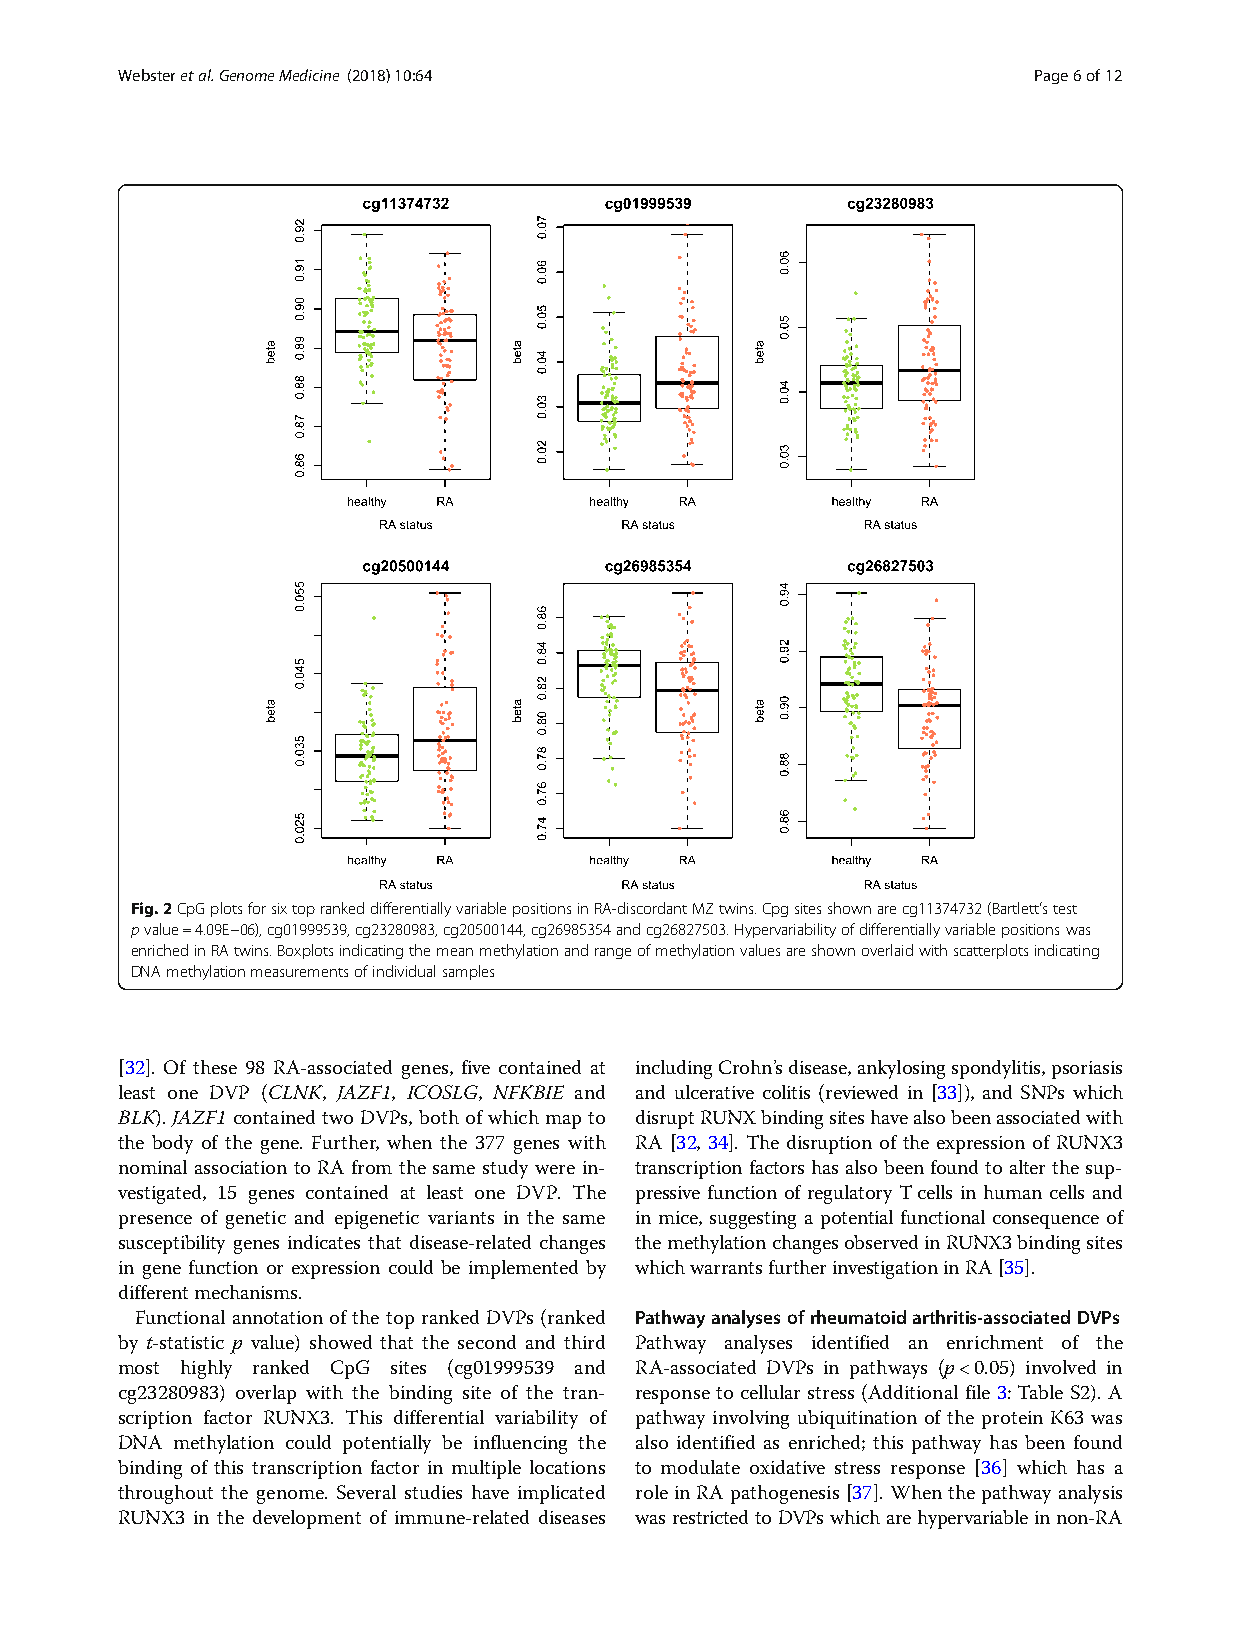
Websteretal.GenomeMedicine (2018) 10:64                     Page6of12
 Fig.2CpGplotsforsixtoprankeddifferentiallyvariablepositionsinRA-discordantMZtwins.Cpgsitesshownarecg11374732(Bartlett’stest
 pvalue=4.09E−06),cg01999539,cg23280983,cg20500144,cg26985354andcg26827503.Hypervariabilityofdifferentiallyvariablepositionswas
 enrichedinRAtwins.Boxplotsindicatingthemeanmethylationandrangeofmethylationvaluesareshownoverlaidwithscatterplotsindicating
 DNAmethylationmeasurementsofindividualsamples
 [32]. Of these 98 RA-associated genes, five contained at includingCrohn’sdisease,ankylosingspondylitis,psoriasis
 least one DVP (CLNK, JAZF1, ICOSLG, NFKBIE and and ulcerative colitis (reviewed in [33]), and SNPs which
 BLK). JAZF1 contained two DVPs, both ofwhich map to disruptRUNXbindingsiteshavealsobeenassociatedwith
 the body of the gene. Further, when the 377 genes with RA [32, 34]. The disruption of the expression of RUNX3
 nominal association to RA from the same study were in- transcription factors hasalsobeenfound toalter the sup-
 vestigated, 15 genes contained at least one DVP. The pressive function of regulatory Tcells in human cells and
 presence of genetic and epigenetic variants in the same in mice, suggesting a potential functional consequence of
 susceptibility genes indicates that disease-related changes themethylationchangesobservedinRUNX3bindingsites
 in gene function or expression could be implemented by whichwarrantsfurtherinvestigationinRA[35].
 differentmechanisms.
 Functional annotation of the top ranked DVPs (ranked Pathwayanalysesofrheumatoidarthritis-associatedDVPs
 by t-statistic p value) showed that the second and third Pathway analyses identified an enrichment of the
 most highly ranked CpG sites (cg01999539 and RA-associated DVPs in pathways (p<0.05) involved in
 cg23280983) overlap with the binding site of the tran- response to cellular stress (Additional file 3: Table S2). A
 scription factor RUNX3. This differential variability of pathway involving ubiquitination of the protein K63 was
 DNA methylation could potentially be influencing the also identified as enriched; this pathway has been found
 binding of this transcription factor in multiple locations to modulate oxidative stress response [36] which has a
 throughout the genome. Several studies have implicated roleinRApathogenesis[37].Whenthepathwayanalysis
 RUNX3 in the development of immune-related diseases wasrestricted to DVPswhicharehypervariableinnon-RA